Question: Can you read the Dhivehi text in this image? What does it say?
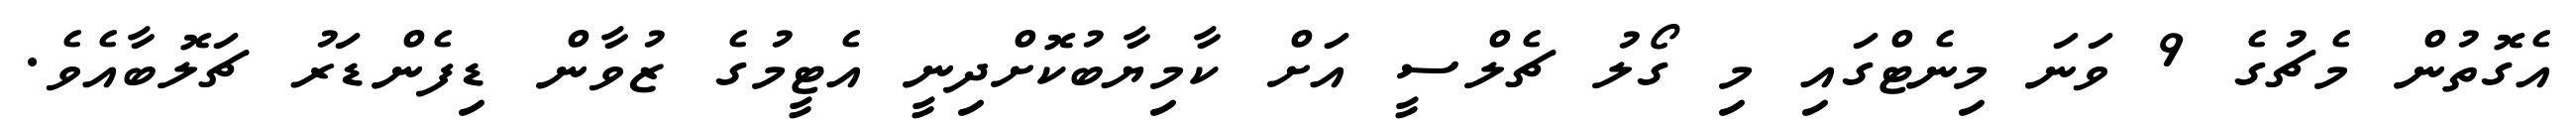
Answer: އެގޮތުން މެޗުގެ 9 ވަނަ މިނެޓްގައި މި ގޯލު ޗެލްސީ އަށް ކާމިޔާބުކޮށްދިނީ އެޓީމުގެ ޒުވާން ޑިފެންޑަރު ޗަލޮބާއެވެ.